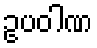
ဥပဝါဏ